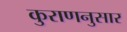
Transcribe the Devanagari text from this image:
कुराणनुसार